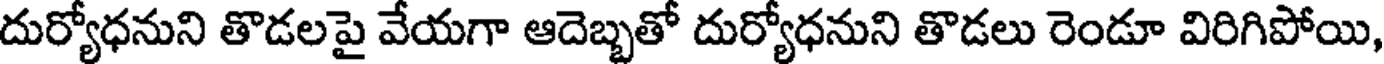
దుర్యోధనుని తొడలపై వేయగా ఆదెబ్బతో దుర్యోధనుని తొడలు రెండూ విరిగిపోయి,